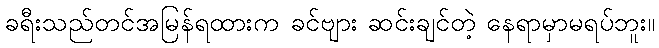
ခရီးသည်တင်အမြန်ရထားက ခင်ဗျား ဆင်းချင်တဲ့ နေရာမှာမရပ်ဘူး။